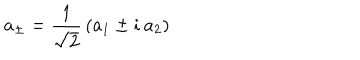
LaTeX: a _ { \pm } = { \frac { 1 } { \sqrt 2 } } \left( a _ { 1 } \pm i \: a _ { 2 } \right)